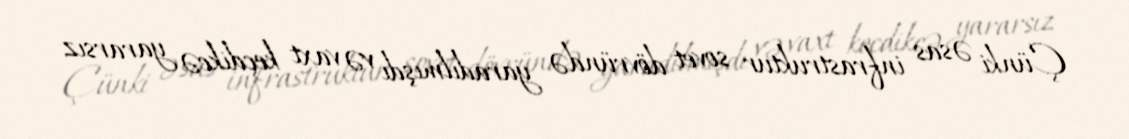
Çünki əsas infrastruktur sovet dövründə yaradılmışdı və vaxt keçdikcə yararsız